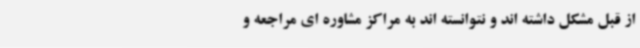
از قبل مشکل داشته اند و نتوانسته اند به مراکز مشاوره ای مراجعه و